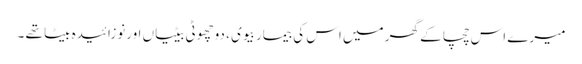
میرے اس چچا کے گھر میں اس کی بیمار بیوی ، دوچھوٹی بیٹیاں اورنوزائیدہ بیٹا تھے ۔